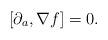
LaTeX: \begin{align*}[\partial_a,\nabla f]=0.\end{align*}